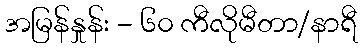
အမြန်နှုန်း - ၆၀ ကီလိုမီတာ/နာရီ